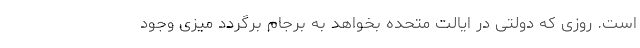
است. روزی که دولتی در ایالت متحده بخواهد به برجام برگردد میزی وجود